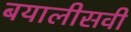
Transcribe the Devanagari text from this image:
बयालीसवीं